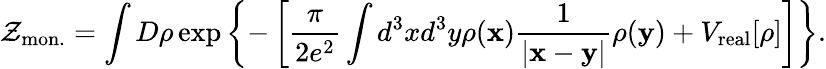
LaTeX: {\cal Z}_{\mathrm{mon.}}=\int D\rho\exp\left\{ -\left[\frac{\pi}{2e^{2}}\int d^{3}xd^{3}y\rho({\mathbf x})\frac{1}{|{\mathbf x}-{\mathbf y}|}\rho({\mathbf y})+V_{\mathrm{real}}[\rho]\right]\right\} .